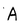
Character: A